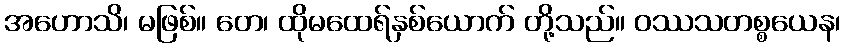
အဟောသိ၊ မဖြစ်။ တေ၊ ထိုမထေရ်နှစ်ယောက် တို့သည်။ ဝဿသတစ္စယေန၊